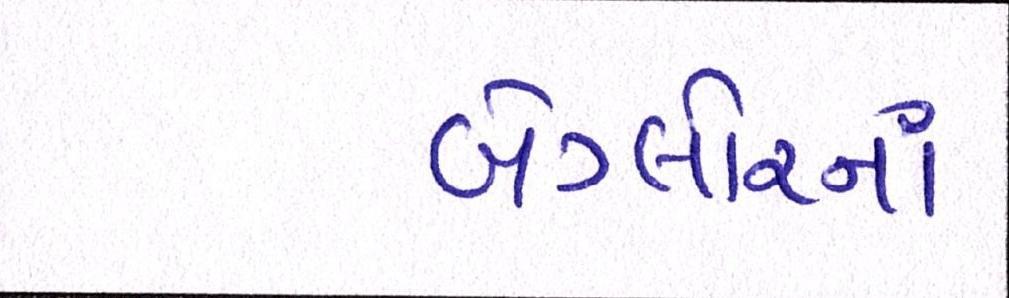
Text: બેંગ્લોરનાં